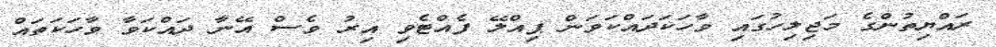
ރައްޔިތުންގެ މަޖިލިހުގައި ވާހަކަދައްކަވަން ޕިއްލޭ ފެއްޓެވި އިރު ވެސް އޭނާ ދައްކަވާ ވާހަކަތައް